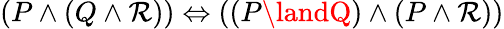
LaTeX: (P\land(Q\land\mathcal{R}))\Leftrightarrow((P\landQ)\land(P\land\mathcal{R}))